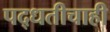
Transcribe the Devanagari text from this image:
पद्धतीचाही